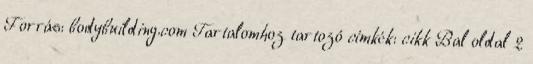
Forrás: bodybuilding.com Tartalomhoz tartozó címkék: cikk Bal oldal 2